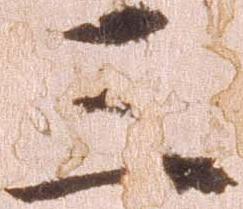
三